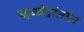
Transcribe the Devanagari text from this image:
ॠग्वेदांतील